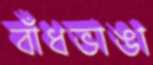
বাঁধভাঙা